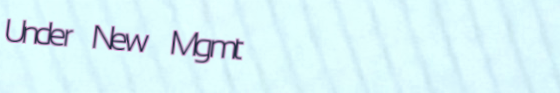
Under New Mgmt